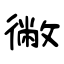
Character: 徶